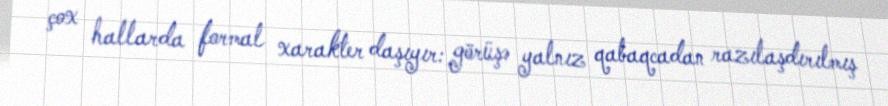
çox hallarda formal xarakter daşıyır: görüşə yalnız qabaqcadan razılaşdırılmış